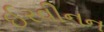
ઈરવીનન